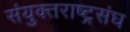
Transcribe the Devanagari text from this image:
संयुक्तराष्ट्रसंघ